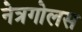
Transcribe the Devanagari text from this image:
नेत्रगोलस